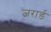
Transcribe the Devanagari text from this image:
जरार्ड